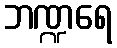
ဘဏ္ဍရေ